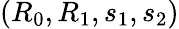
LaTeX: (R_{0},R_{1},s_{1},s_{2})